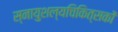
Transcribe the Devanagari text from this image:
स्नायुशल्यचिकित्सकों